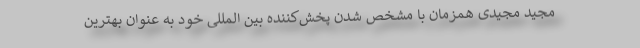
مجید مجیدی همزمان با مشخص شدن پخش‌کننده بین المللی خود به عنوان بهترین